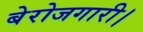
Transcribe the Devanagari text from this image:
बेरोजगारी।